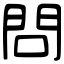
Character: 問